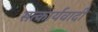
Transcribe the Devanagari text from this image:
सत्कार्यवादी